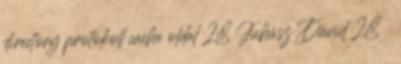
directory protokoll cache oldal 28 Juhász Dávid 28